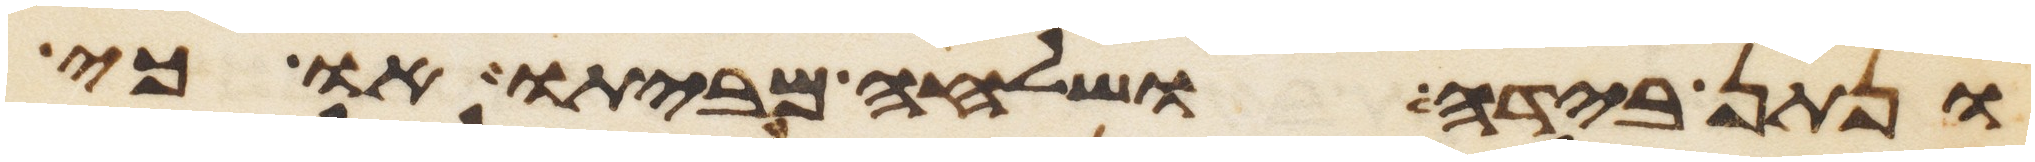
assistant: ונתן בידה ושלחה מביתו או כי